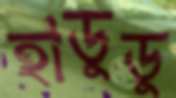
হাডুডু